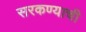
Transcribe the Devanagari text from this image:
सरकण्याची